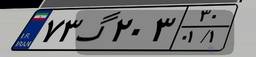
۷۳گ۲۰۳۳۰